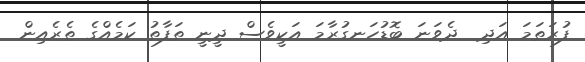
ފުރަތަމަ އަދި  ދެވަނަ ބޮޑުހަނގުރާމަ އަކީވެސް ދީނީ ތަފާތު ކަމެއްގެ ތެރެއިން